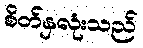
စိတ်နှလုံးသည်